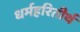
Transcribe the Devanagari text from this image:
धर्महरितीर्थ